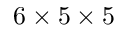
6 \times 5 \times 5